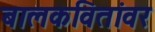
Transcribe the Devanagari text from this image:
बालकवितांवर